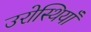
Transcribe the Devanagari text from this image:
उरोस्थियाँ